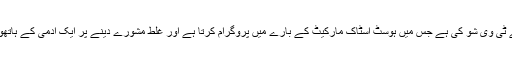
فلم کی کہانی ایک ایسے ٹی وی شو کی ہے جس میں ہوسٹ اسٹاک مارکیٹ کے بارے میں پروگرام کرتا ہے اور غلط مشورے دینے پر ایک آدمی کے ہاتھوں یر غمال بن جاتا ہے۔